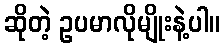
ဆိုတဲ့ ဥပမာလိုမျိုးနဲ့ပါ။